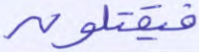
فيقتلون